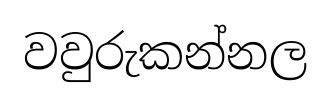
වවුරුකන්නල